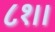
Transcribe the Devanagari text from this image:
८१।।